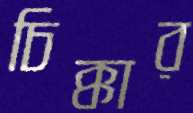
চিক্কার